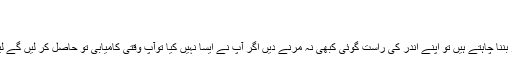
اوم پوری کی کہانی - Dunya Pakistan
اوم پوری کی کہانی
انتھونی کوئن نے ایک بار کہا کہ اگر آپ منفرد اداکار بننا چاہتے ہیں تو اپنے اندر کی راست گوئی کبھی نہ مرنے دیں اگر آپ نے ایسا نہیں کیا توآپ وقتی کامیابی تو حاصل کر لیں گے لیکن آخر میں آپ کے حصے میں ناکامی ہی آ ئے گی۔